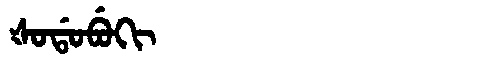
Manchu: ᡧᠣᡩᠣᠪᡠᡴᡳ
Romanization: ŠODOBUKI